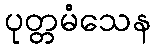
ပုတ္တမံသေန